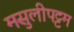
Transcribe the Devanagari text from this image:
मसुलीपट्टम